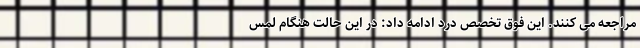
مراجعه می کنند. این فوق تخصص درد ادامه داد: در این حالت هنگام لمس